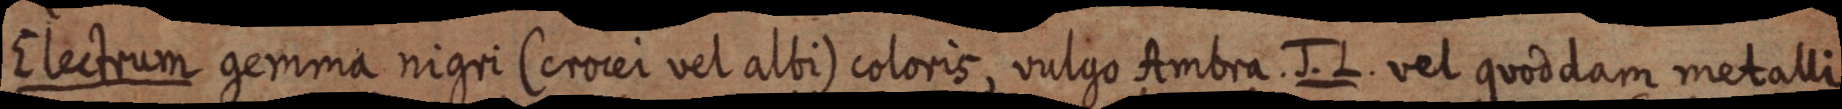
Electrum gemma nigri (crocei vel albi) coloris, vulgo Ambra. J. L. vel quoddam metalli